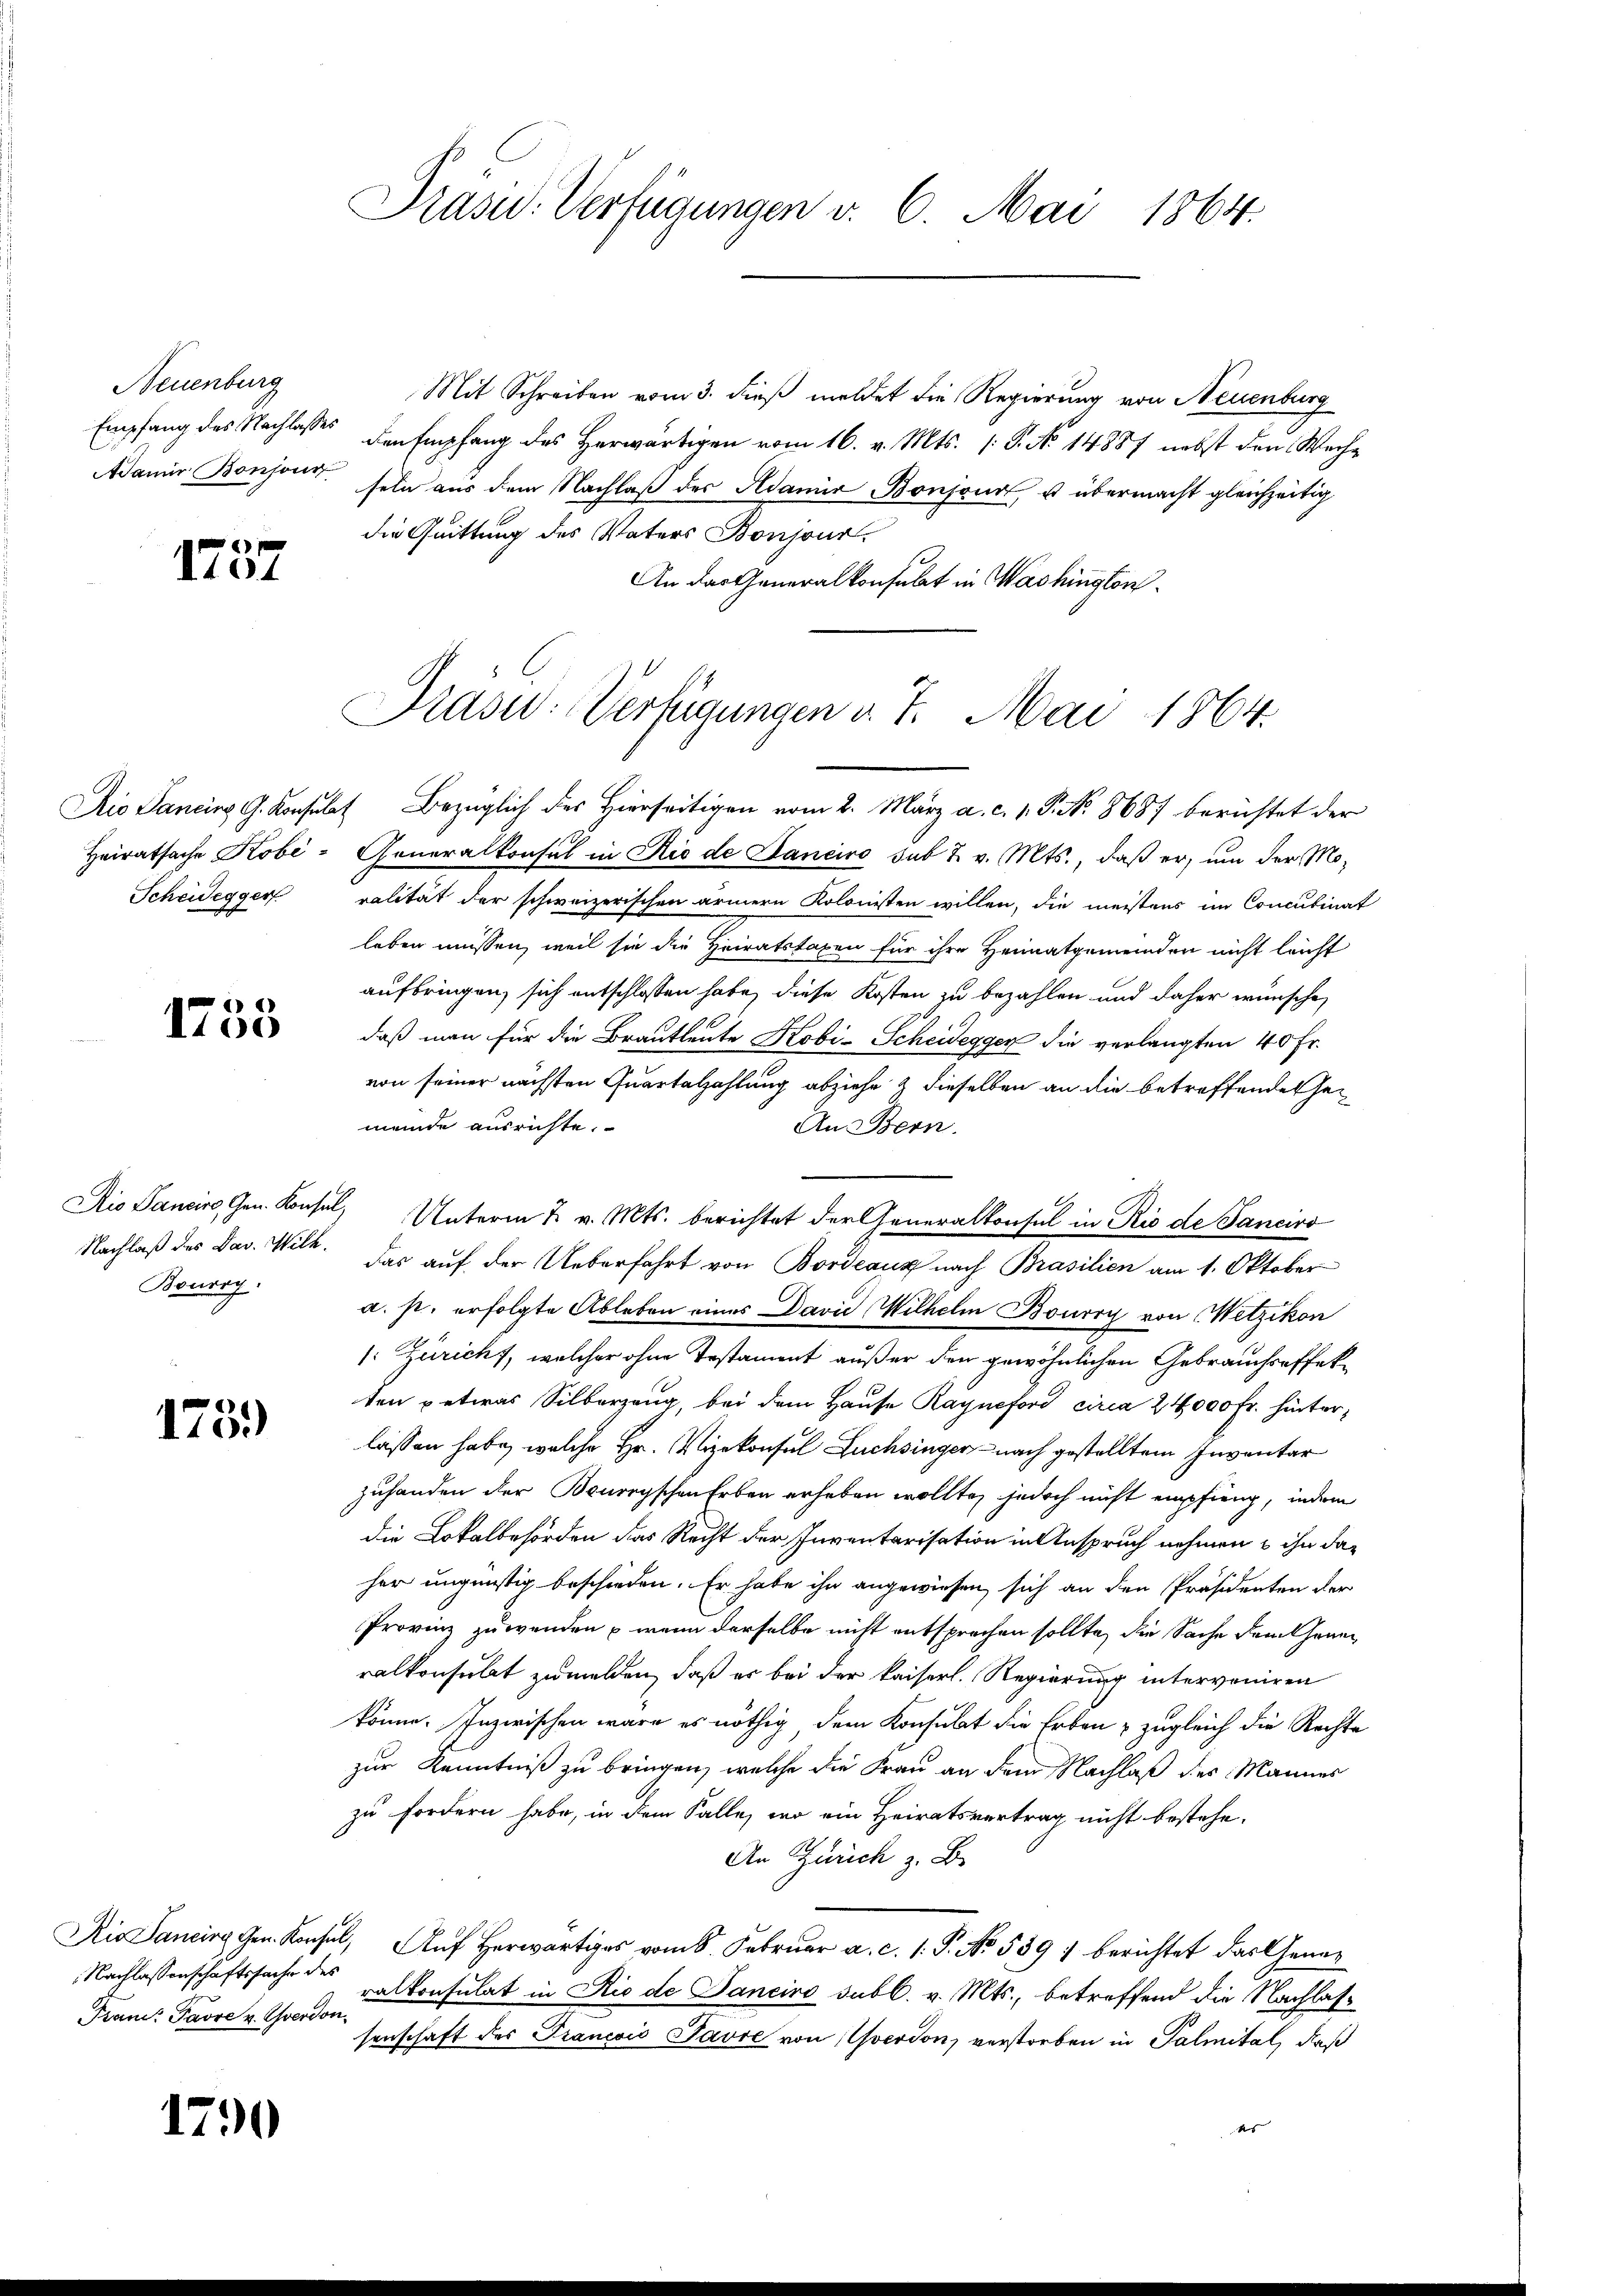
Neuenburg
Empfang des Nachlasses

1737

1755

Bourg.

1759)

Nachlassenschaftssache des
Trand: Pavre u. verdon

1790

Prasid. Verfügungen v. 6. Mai 1864.

Mit Schreiben vom 3. dieß meldet die Regierung von Neuenburg
den Empfang des Herwärtigen vom 16. v. Mts. (T. No 14887 nebst den Wechamner Bonzona sein aus dem Nachlaß des Adamia Bonzona, u übermacht gleichzeitig
die Quittung des Vaters Bonjour
An das Generalkonsulat in Washington

Prasi: Verfügungen v. 7. Mai 1864.

Aio Sancins G. Konsulat Bezüglich des Hierseitigen vom 2. März a. c. 1. P. Nr. 8687 berichtet der
Heiratsache Kobe-Generalkonsul in Rio de Janeiro sub 7. v. Mts., daß er, um der Mo¬
Scheidegger valität der schweizerischen ärmern Kolonisten willen, die meistens im Concubinat
leben müssen, weil sie die Heiratstaxen für ihre Heimatgemeinden nicht leicht
aufbringen, sich entschlossen habe, diese Kosten zu bezahlen und daher wünsche,
daß man für die Brautleute Kobi-Scheidegger die verlangten 40 Fr.
von seiner nächsten Quartalzahlung abziehe & dieselben an die betreffendet heimende ausrichte.
An Bern.
Dio Sancire Gen. Konsul, Unterm 2. v. Mts. berichtet der Generalkonsul in Rio de Sanciro
Nachlaß des Dav. Wilk. Das auf der Ueberfahrt von Bordeaux nach Brasilien am 1. Oktober
a. p. erfolgte Ableben eines David Wilhelm Bouvry von Wetzikon
1: Züricht, welcher ohne Testament außer den gewöhnlichen Gebrauchseffekten etwas Silberzeug, bei dem Hause Rayneford circa 24,000 Fr. hinterlassen habe, welche Hr. Vizekonsul Füchsinger - nach gestelltem Inventar
zuhanden der Beureyschen Erben erheben wollte, jedoch nicht empfieng, indem
die Lokalbehörden das Recht der Inventarisation in Anspruch nehmen u ihn daher ungünstig beschieden. Er habe ihn angewiesen sich an den Präsidenten der
Provinz zuwenden , wenn derselbe nicht entsprochen sollte, die Sache dem thanen
ralkonsulat zumelden, daß er bei der kaiserl. Regierung interveniren
könne. Inzwischen wäre es nöthig dem Konsulat die Erben & zugleich die Rechte
zur Kenntniß zu bringen, welche die Frau an dem Nachlaß des Mannes
zu fordern habe, in dem Falle, wo ein Heiratsvertrag nicht bestehe.
An Zürich z. B.
Die Saniren. Konsul, Auf Herr vom 8. Februar a. c. 1. P. No. 589 : berichtet das Generalkonsulat in Rio de Panciro subl. v. Mts., betreffend die Nachlassenschaft des Trancois Favre von verdon, verstorben in Palmital, daß
e